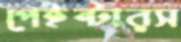
পেইন্টারস